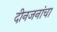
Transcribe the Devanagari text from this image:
दीनजनांचा